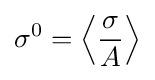
\sigma ^{0}=\left\langle {\sigma  \over {A}}\right\rangle